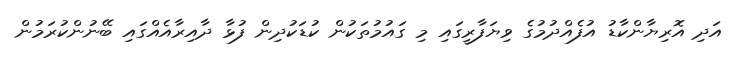
އަދި އޮރިޔާންކާޑު އުފެއްދުމުގެ ވިޔަފާރީގައި މި ގައުމުތަކުން ކުޑަކުދިން ފުޅާ ދާއިރާއެއްގައި ބޭނުންކުރަމުން